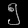
Digit: ၅